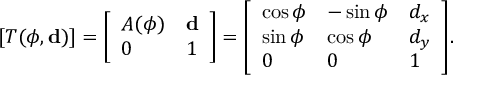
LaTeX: [ T ( \phi , \mathbf { d } ) ] = { \left[ \begin{array} { l l } { A ( \phi ) } & { \mathbf { d } } \\ { 0 } & { 1 } \end{array} \right] } = { \left[ \begin{array} { l l l } { \cos \phi } & { - \sin \phi } & { d _ { x } } \\ { \sin \phi } & { \cos \phi } & { d _ { y } } \\ { 0 } & { 0 } & { 1 } \end{array} \right] } .